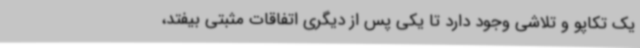
یک تکاپو و تلاشی وجود دارد تا یکی پس از دیگری اتفاقات مثبتی بیفتد،